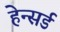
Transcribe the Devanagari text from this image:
हेन्सर्ड